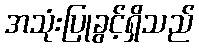
အသုံးပြုခွင့်ရှိသည်